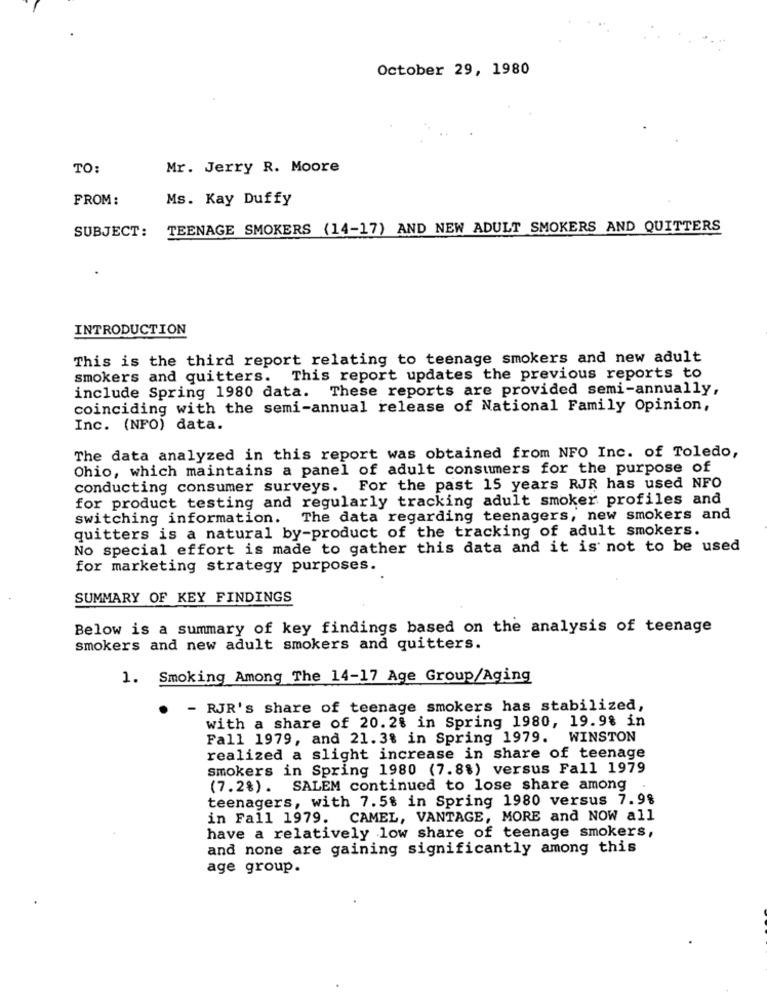
October 29, 1980
TO:
Mr. Jerry R. Moore
FROM:
Ms. Kay Duffy
SUBJECT:
TEENAGE SMOKERS (14-17) AND NEW ADULT SMOKERS AND QUITTERS
INTRODUCTION
This is the third report relating to teenage smokers and new adult
smokers and quitters. This report updates the previous reports to
include Spring 1980 data. These reports are provided semi-annually,
coinciding with the semi-annual release of National Family Opinion,
Inc. (NFO) data.
The data analyzed in this report was obtained from NFO Inc. of Toledo,
Ohio, which maintains a panel of adult consumers for the purpose of
conducting consumer surveys. For the past 15 years RJR has used NFO
for product testing and regularly tracking adult smoker profiles and
switching information. The data regarding teenagers, new smokers and
quitters is a natural by-product of the tracking of adult smokers.
No special effort is made to gather this data and it is not to be used
for marketing strategy purposes.
SUMMARY OF KEY FINDINGS
Below is a summary of key findings based on the analysis of teenage
smokers and new adult smokers and quitters.
1. Smoking Among The 14-17 Age Group/Aging
- RJR's share of teenage smokers has stabilized,
with a share of 20.2% in Spring 1980, 19.98 in
Fall 1979, and 21.3% in Spring 1979. WINSTON
realized a slight increase in share of teenage
smokers in Spring 1980 (7.8%) versus Fall 1979
(7.2%). SALEM continued to lose share among
teenagers, with 7.5% in Spring 1980 versus 7.98
in Fall 1979. CAMEL, VANTAGE, MORE and NOW all
have a relatively low share of teenage smokers,
and none are gaining significantly among this
age group.